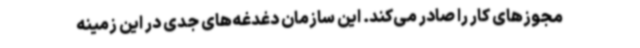
مجوزهای کار را صادر می‌کند. این سازمان دغدغه‌های جدی در این زمینه